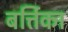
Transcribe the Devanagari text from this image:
बर्त्तिका